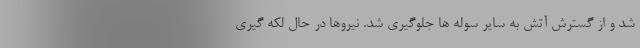
شد و از گسترش آتش به سایر سوله ها جلوگیری شد. نیروها در حال لکه گیری